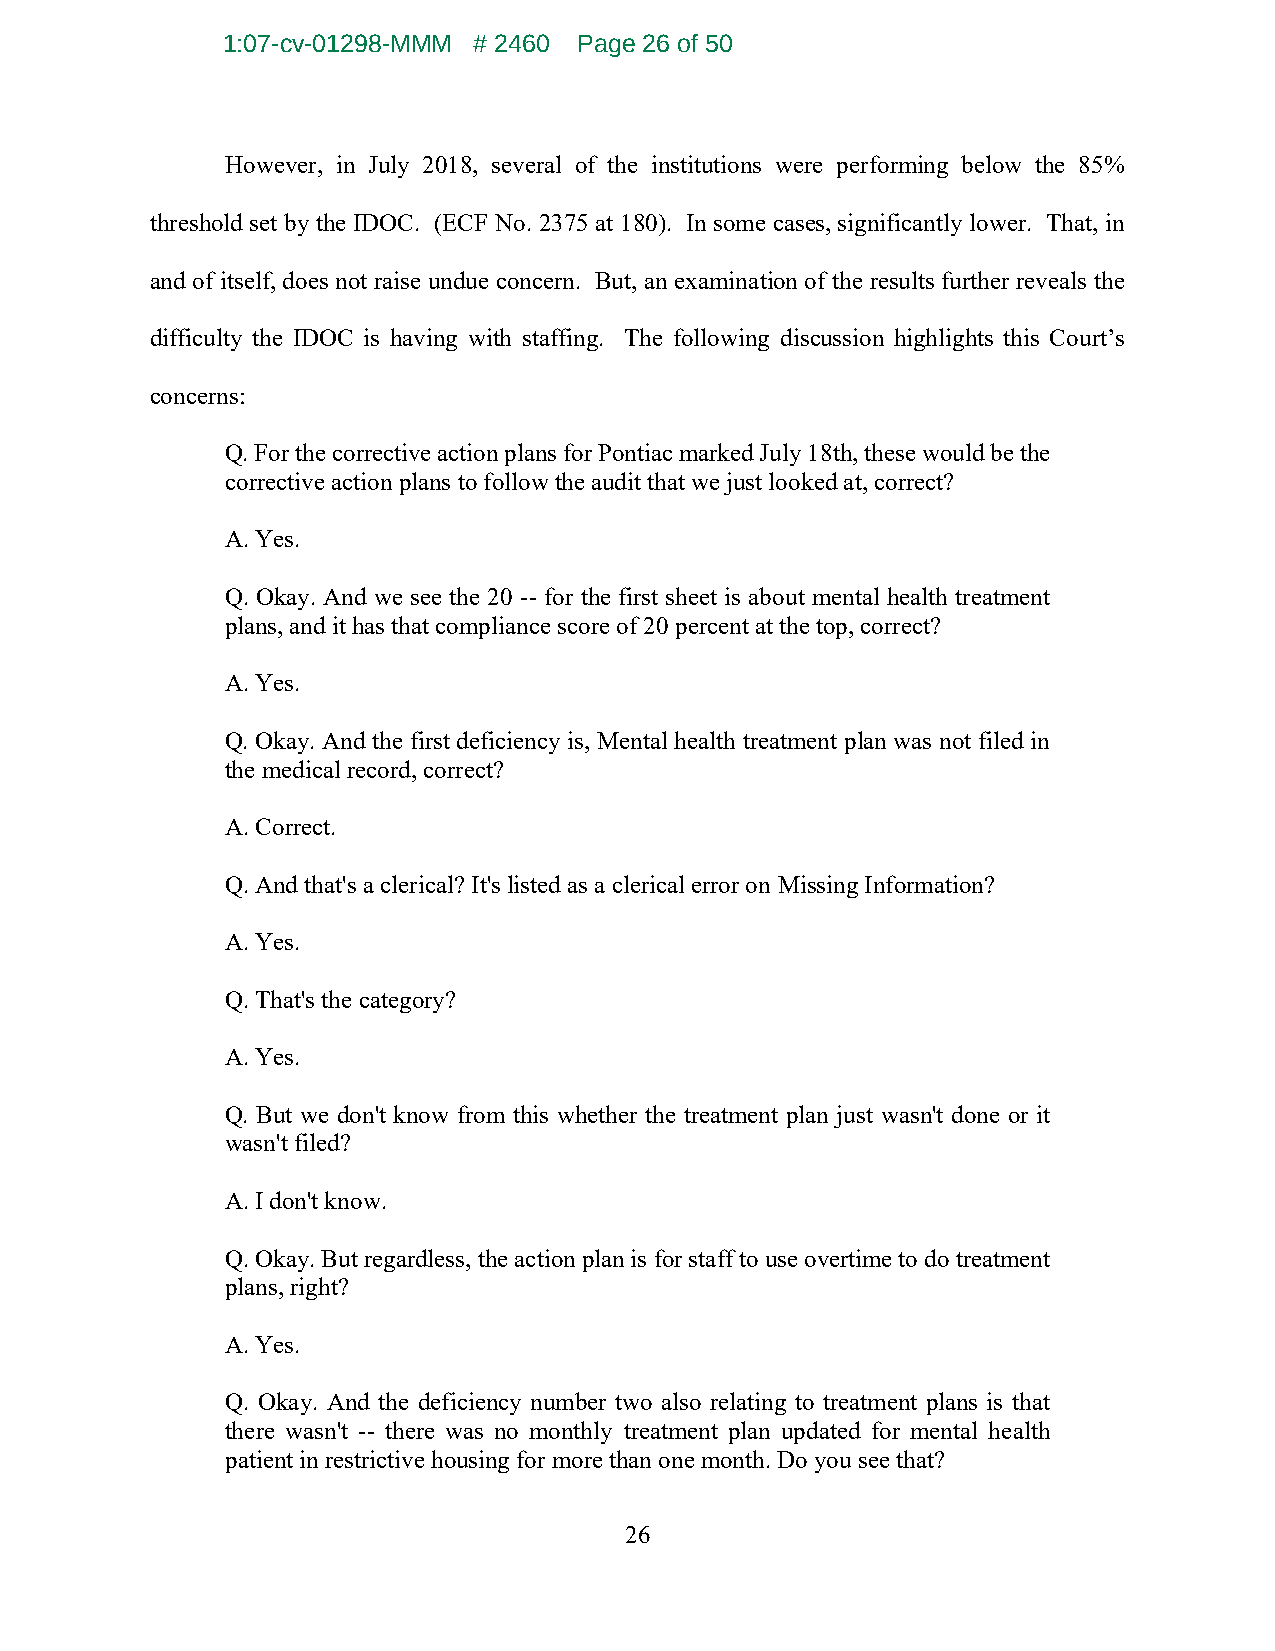
1:07-cv-01298-MMM # 2460 Page 26 of 50
 However, in July 2018, several of the institutions were performing below the 85%
 threshold set by the IDOC. (ECF No. 2375 at 180). In some cases, significantly lower. That, in
 and of itself, does not raise undue concern. But, an examination of the results further reveals the
 difficulty the IDOC is having with staffing. The following discussion highlights this Court’s
 concerns:
 Q. For the corrective action plans for Pontiac marked July 18th, these would be the
 corrective action plans to follow the audit that we just looked at, correct?
 A. Yes.
 Q. Okay. And we see the 20 -- for the first sheet is about mental health treatment
 plans, and it has that compliance score of 20 percent at the top, correct?
 A. Yes.
 Q. Okay. And the first deficiency is, Mental health treatment plan was not filed in
 the medical record, correct?
 A. Correct.
 Q. And that's a clerical? It's listed as a clerical error on Missing Information?
 A. Yes.
 Q. That's the category?
 A. Yes.
 Q. But we don't know from this whether the treatment plan just wasn't done or it
 wasn't filed?
 A. I don't know.
 Q. Okay. But regardless, the action plan is for staff to use overtime to do treatment
 plans, right?
 A. Yes.
 Q. Okay. And the deficiency number two also relating to treatment plans is that
 there wasn't -- there was no monthly treatment plan updated for mental health
 patient in restrictive housing for more than one month. Do you see that?
 26